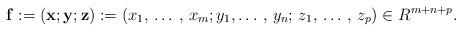
LaTeX: \begin{align*}\mathbf{f}:=\left( \mathbf{x};\mathbf{y};\mathbf{z} \right):=\left( x_{1},\thinspace \mathellipsis \thinspace ,\thinspace x_{m};y_{1},\mathellipsis \thinspace ,\thinspace y_{n};\thinspace z_{1},\thinspace \mathellipsis \thinspace ,\thinspace z_{p} \right)\in R^{m+n+p}. \end{align*}